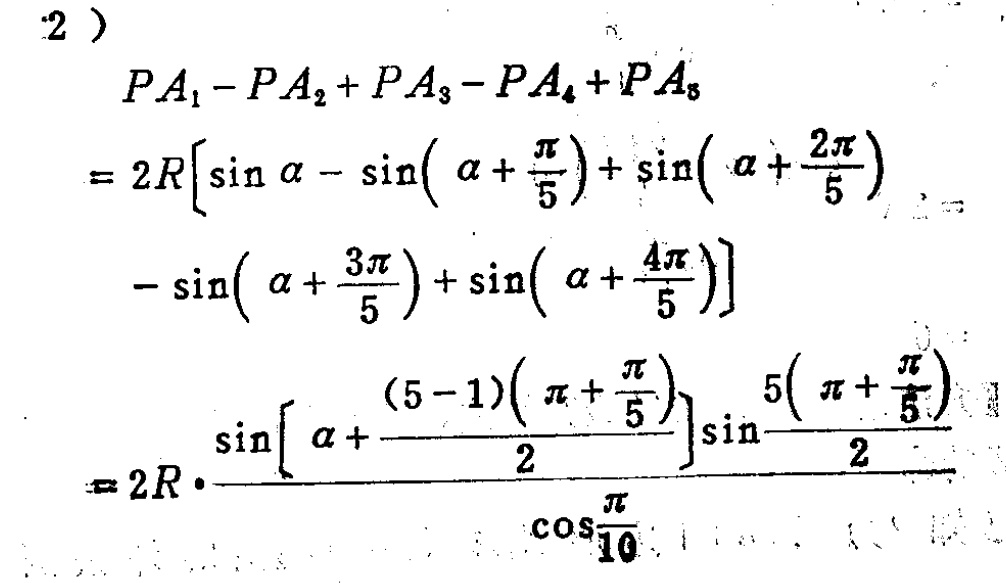
\begin{align*}
&(2)\\
&PA_1 - PA_2+PA_3 - PA_4+PA_5\\
&=2R\left[\sin\alpha-\sin\left(\alpha + \frac{\pi}{5}\right)+\sin\left(\alpha+\frac{2\pi}{5}\right)\right.\\
&\left.\quad-\sin\left(\alpha+\frac{3\pi}{5}\right)+\sin\left(\alpha+\frac{4\pi}{5}\right)\right]\\
&=2R\cdot\frac{\sin\left[\alpha+\frac{(5 - 1)\left(\pi+\frac{\pi}{5}\right)}{2}\right]\sin\frac{5\left(\pi+\frac{\pi}{5}\right)}{2}}{\cos\frac{\pi}{10}}
\end{align*}